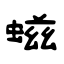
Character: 螆